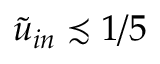
\tilde { u } _ { i n } \precsim 1 / 5